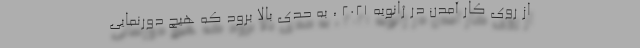
از روی کار آمدن در ژانویه 2021 ، به حدی بالا برود که هیچ دورنمایی